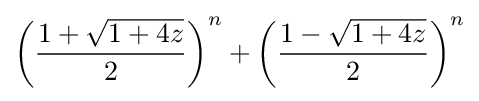
\left({\frac {1+{\sqrt {1+4z}}}{2}}\right)^{n}+\left({\frac {1-{\sqrt {1+4z}}}{2}}\right)^{n}